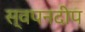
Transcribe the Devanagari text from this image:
स्वपनदीप